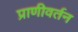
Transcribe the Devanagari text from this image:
प्राणीवर्तन